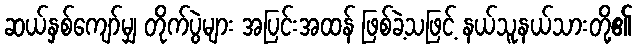
ဆယ်နှစ်ကျော်မျှ တိုက်ပွဲများ အပြင်းအထန် ဖြစ်ခဲ့သဖြင့် နယ်သူနယ်သားတို့၏